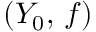
( Y _ { 0 } , \, f )